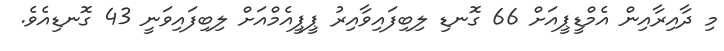
މި ދާއިރާއިން އެމްޑީޕީއަށް 66 ގޮނޑި ލިބިފައިވާއިރު ޕީޕީއެމްއަށް ލިބިފައިވަނީ 43 ގޮނޑިއެވެ.